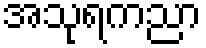
အသုရကညာ